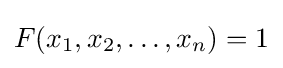
F(x_{1},x_{2},\ldots ,x_{n})=1